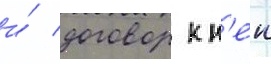
и́ договор к н'еи